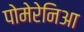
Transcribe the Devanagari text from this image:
पोमेरेनिआ